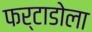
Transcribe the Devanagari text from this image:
फर्टाडोला